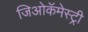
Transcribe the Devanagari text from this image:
जिओकॅमेस्ट्री